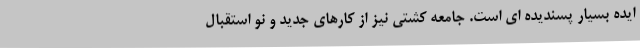
ایده بسیار پسندیده ای است. جامعه کشتی نیز از کارهای جدید و نو استقبال